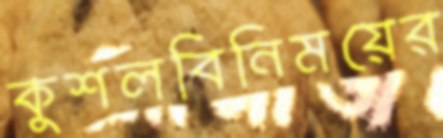
কুশলবিনিময়ের